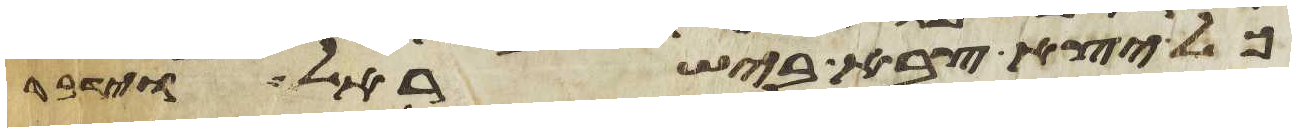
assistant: כל יצא צבא בישראל וידבר